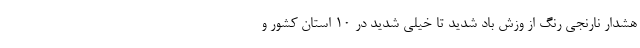
هشدار نارنجی رنگ از وزش باد شدید تا خیلی شدید در ۱۰ استان کشور و